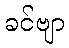
ခင်ဗျာ